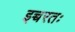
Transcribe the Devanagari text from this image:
इच्चरतः